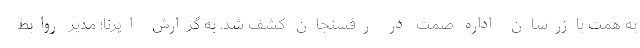
به همت بازرسان اداره صمت در رفسنجان کشف شد. به گزارش ایرنا؛ مدیر روابط